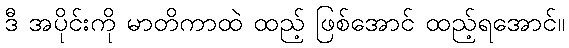
ဒီ အပိုင်းကို မာတိကာထဲ ထည့် ဖြစ်အောင် ထည့်ရအောင်။